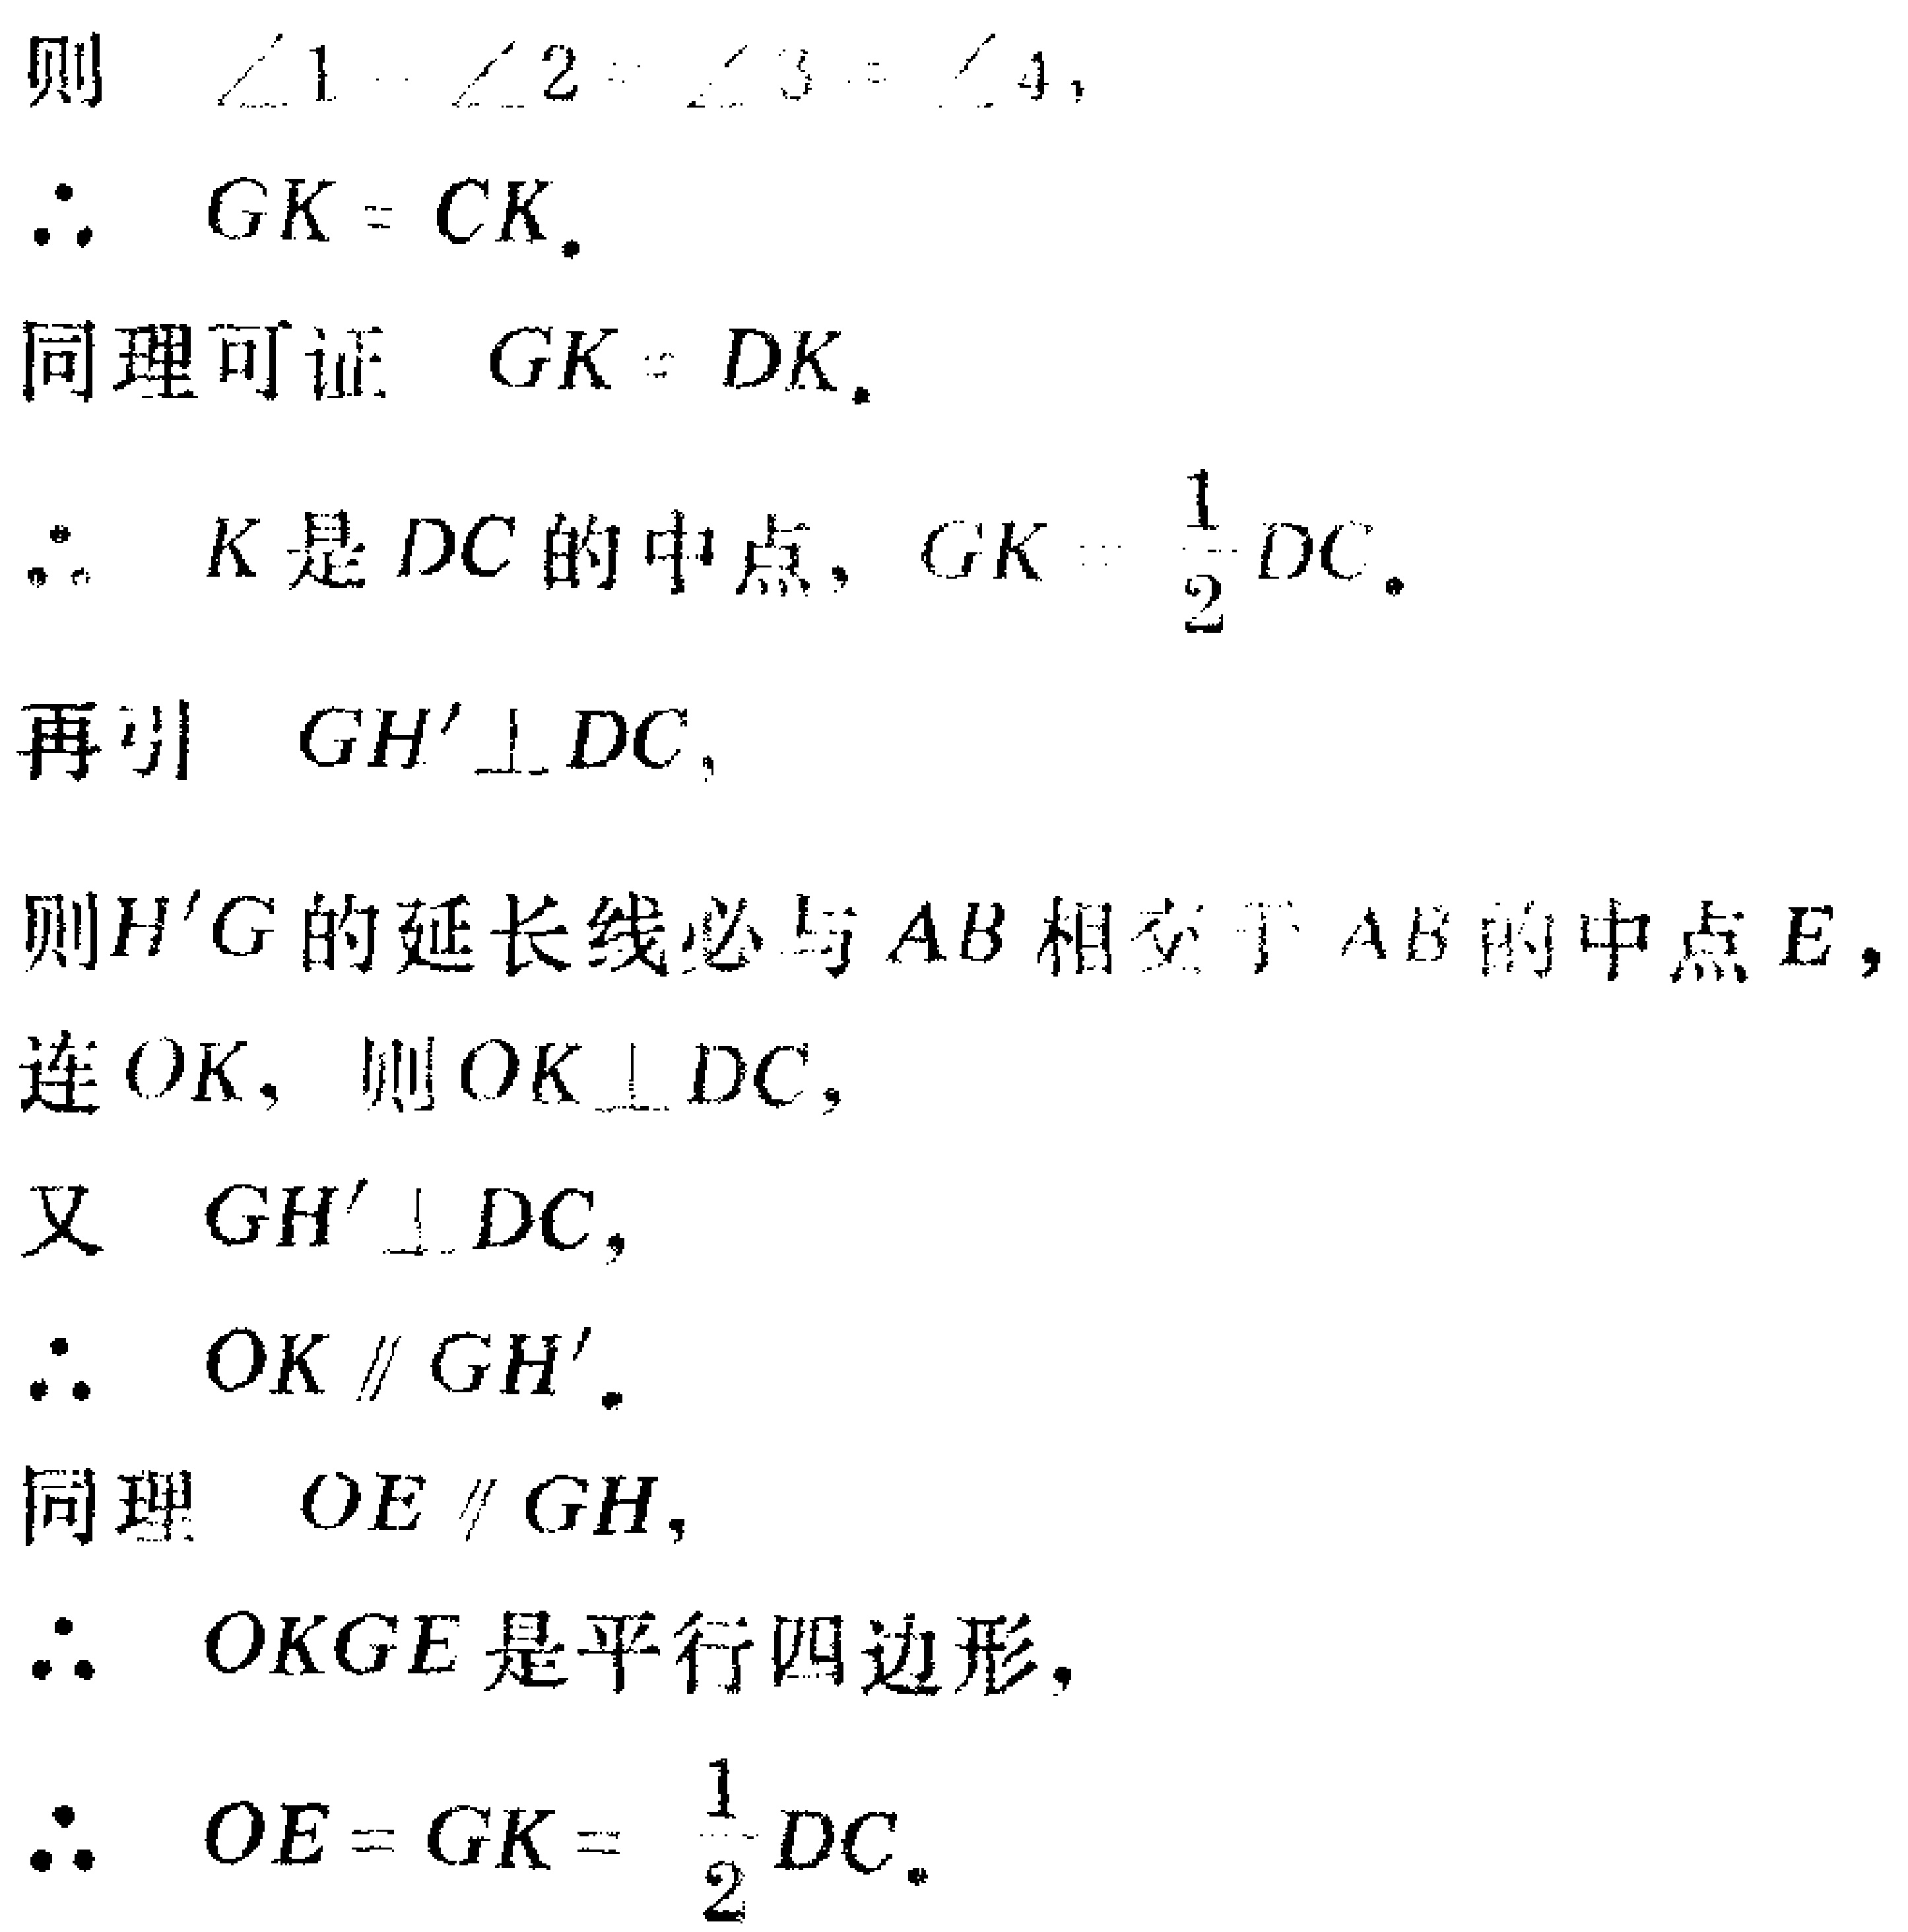
则 $\angle 1 = \angle 2 = \angle 3 = \angle 4$,
$\therefore GK = CK$.
同理可证 $GK = DK$.
$\therefore K$ 是 $DC$ 的中点, $GK = \frac{1}{2}DC$.
再引 $GH'\perp DC$,
则 $H'G$ 的延长线必与 $AB$ 相交于 $AB$ 的中点 $E$,
连 $OK$, 则 $OK\perp DC$,
又 $GH'\perp DC$,
$\therefore OK\parallel GH'$.
同理 $OE\parallel GH$,
$\therefore OKGE$ 是平行四边形,
$\therefore OE = GK = \frac{1}{2}DC$.